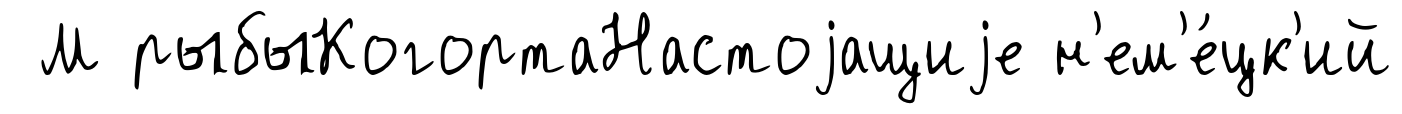
М рыбыКогортаНастоjащиjе н'ем'е́цк'ий